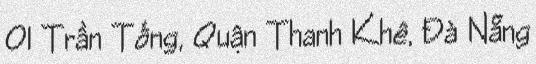
01 Trần Tống, Quận Thanh Khê, Đà Nẵng